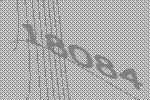
18084